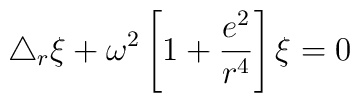
\triangle_r\xi + \omega^2\left[1+\frac{e^2}{r^4}\right]\xi = 0